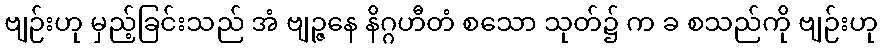
ဗျဉ်းဟု မှည့်ခြင်းသည် အံ ဗျဉ္ဇနေ နိဂ္ဂဟီတံ စသော သုတ်၌ က ခ စသည်ကို ဗျဉ်းဟု